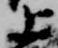
上